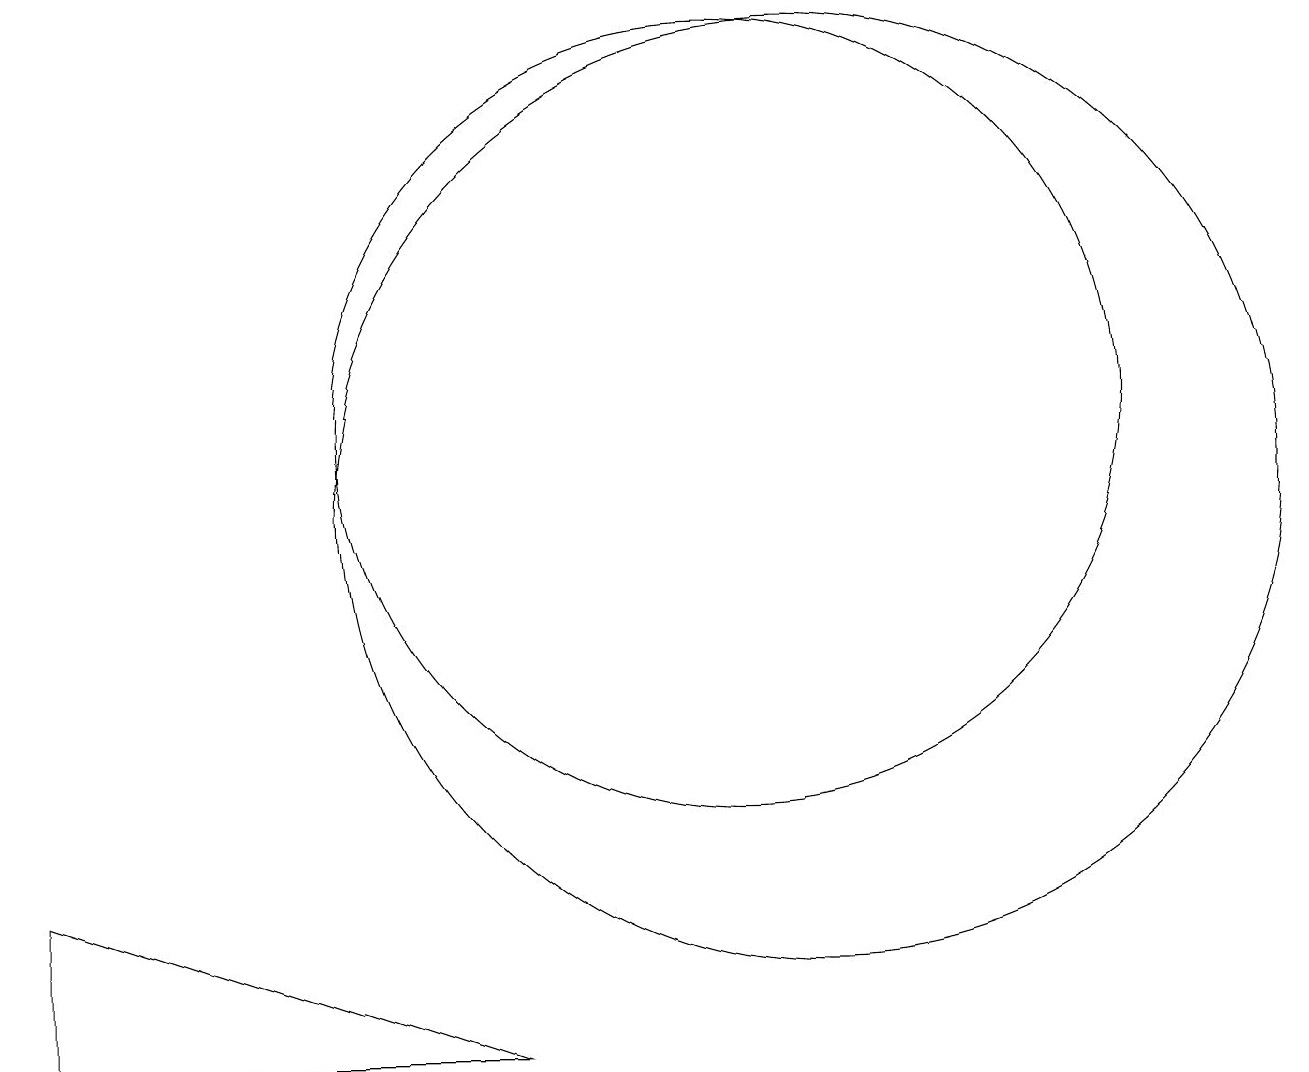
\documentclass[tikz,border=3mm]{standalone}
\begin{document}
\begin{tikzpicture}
\draw (10,11) circle (5);
\draw (1,3) -- (1,5) -- (7,3) -- cycle;
\draw (11,10) circle (6);
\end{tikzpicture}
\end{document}